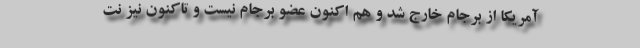
آمریکا از برجام خارج شد و هم اکنون عضو برجام نیست و تاکنون نیز نت